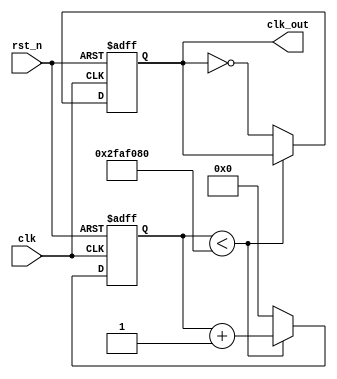
`timescale 1ns / 1ps
//////////////////////////////////////////////////////////////////////////////////
// Company: 
// Engineer: 
// 
// Design Name: 
// Module Name: time_change
// Project Name: 
// Target Devices: 
// Tool Versions: 
// Description: 
// 
// Dependencies: 
// 
// Revision:
// Revision 0.01 - File Created
// Additional Comments:
// 
//////////////////////////////////////////////////////////////////////////////////

////
//module time_change(
//clk,
//rst_n,
//clk_out
//    );
    
//    input rst_n;
//    input clk;
//    output clk_out;
    
//    reg count;
//    reg clk_out;

//    always @(posedge clk or negedge rst_n)
//    begin
//        if(!rst_n)
//        begin
//            count<= 0;
//            clk_out<= 0;
//        end
//        else
//            if(count<15000000)
//                count<=count+1;
//            else
//                begin
//                    count<=0;
//                    clk_out<=~clk_out;
//                end 
//    end

//endmodule
module time_change(clk,rst_n,clk_out);
input clk;
input rst_n;
output clk_out;
wire clk_out,clk,rst_n;
reg r_clk;
reg [25:0] cnt;
always@(posedge clk,negedge rst_n)
begin
if(!rst_n) begin
           cnt<=26'b0;
			  r_clk<=1'b1;
			  end
else begin
     if(cnt<50000000)
	  begin
	  cnt<=cnt+1'b1;
	  r_clk<=r_clk;
	  end
	  else begin
	       cnt<=26'b0;
			 r_clk<=~r_clk;
			 end
	  end
end
assign clk_out=r_clk;
endmodule